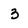
Character: 3